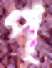
প্